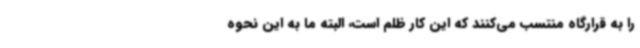
را به قرارگاه منتسب می‌کنند که این کار ظلم است، البته ما به این نحوه